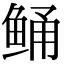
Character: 鲬